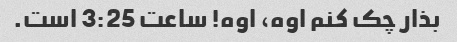
بذار چک کنم اوه، اوه! ساعت 3:25 است.